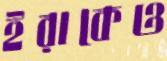
ইরাকেও